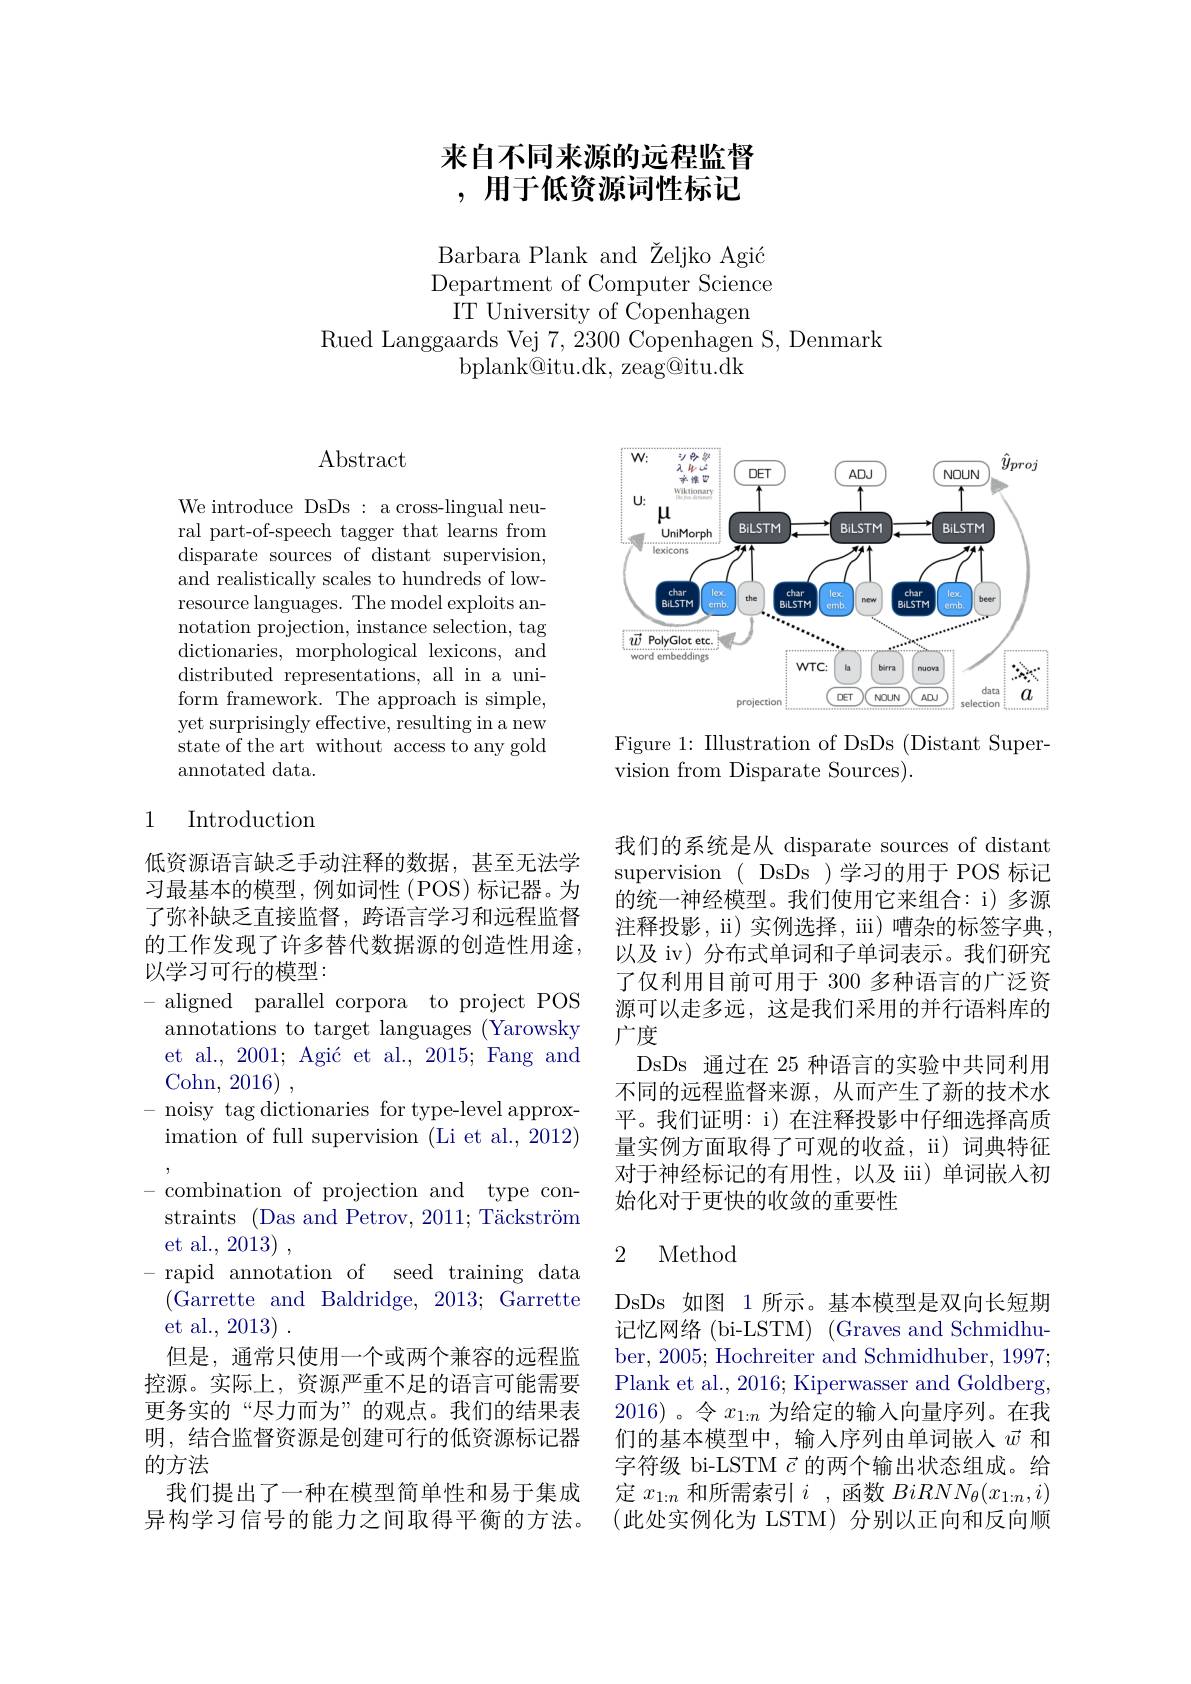
# 来自不同来源的远程监督,用于低资源词性标记

Barbara Plank and Željko Agić Department of Computer Science
IT University of Copenhagen
Rued Langgaards Vej 7,2300 Copenhagen S, Denmark
bplank@itu.dk, zeag@itu.dk

<FigureHere>

Figure 1: Illustration of DsDs (Distant Super-
vision from Disparate Sources).

Abstract

We introduce DsDs: a cross-lingual neural part-of-speech tagger that learns from disparate sources of distant supervision, and realistically scales to hundreds of lowresource languages. The model exploits annotation projection, instance selection, tag dictionaries, morphological lexicons, and distributed representations, all in a uniform framework. The approach is simple, yet surprisingly effective, resulting in a new state of the art without access to any gold annotated data.

## 1 Introduction

低资源语言缺乏手动注释的数据，甚至无法学习最基本的模型，例如词性(POS)标记器。为了弥补缺乏直接监督，跨语言学习和远程监督的工作发现了许多替代数据源的创造性用途， 以学习可行的模型：
-aligned parallel corpora to project POS annotations to target languages (Yarowsky et al., 2001; Agić et al., 2015; Fang and $\operatorname { \mathrm{Cohn, ~2016}}$ ,
noisy tag dictionaries for type-level approximation of full supervision (Li et al., 2012) combination of projection and type constraints (Das and Petrov, 2011; Täckström et al., 2013) ,
rapid annotation of seed training data (Garrette and Baldridge, 2013; Garrette et al., 2013) .
但是，通常只使用一个或两个兼容的远程监控源。实际上，资源严重不足的语言可能需要更务实的“尽力而为”的观点。我们的结果表明，结合监督资源是创建可行的低资源标记器的方法
我们提出了一种在模型简单性和易于集成异构学习信号的能力之间取得平衡的方法。

我们的系统是从 disparate sources of distant supervision ( DsDs )学习的用于 POS 标记的统一神经模型。我们使用它来组合：i) 多源注释投影，ii) 实例选择，iii) 嘈杂的标签字典以及 iv) 分布式单词和子单词表示。我们研究了仅利用目前可用于 300 多种语言的广泛资源可以走多远，这是我们采用的并行语料库的广度
DsDs 通过在 25 种语言的实验中共同利用不同的远程监督来源，从而产生了新的技术水平。我们证明：i) 在注释投影中仔细选择高质量实例方面取得了可观的收益，ii) 词典特征对于神经标记的有用性，以及 iii) 单词嵌入初始化对于更快的收敛的重要性

## 2 Method

DsDs 如图 1 所示。基本模型是双向长短期记忆网络(bi-LSTM) (Graves and Schmidhuber, 2005; Hochreiter and Schmidhuber, 1997; Plank et al., 2016; Kiperwasser and Goldberg, 2016)。令$x_{1:n}$为给定的输入向量序列。在我们的基本模型中，输入序列由单词嵌入$\vec{w}$和字符级 bi-LSTM $\vec{c}$的两个输出状态组成。给定$x_{1:n}$和所需索引$i$ ,函数$BiRNN_\theta(x_{1:n},i)$ (此处实例化为 LSTM)分别以正向和反向顺